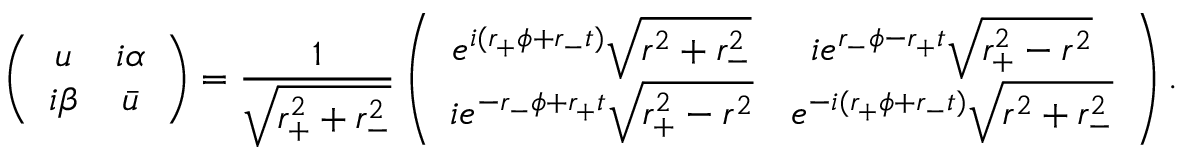
\left( \begin{array} { c c } { { u } } & { { i \alpha } } \\ { { i \beta } } & { { \bar { u } } } \end{array} \right) = \frac { 1 } { \sqrt { r _ { + } ^ { 2 } + r _ { - } ^ { 2 } } } \left( \begin{array} { c c } { { e ^ { i ( r _ { + } \phi + r _ { - } t ) } \sqrt { r ^ { 2 } + r _ { - } ^ { 2 } } } } & { { i e ^ { r _ { - } \phi - r _ { + } t } \sqrt { r _ { + } ^ { 2 } - r ^ { 2 } } } } \\ { { i e ^ { - r _ { - } \phi + r _ { + } t } \sqrt { r _ { + } ^ { 2 } - r ^ { 2 } } } } & { { e ^ { - i ( r _ { + } \phi + r _ { - } t ) } \sqrt { r ^ { 2 } + r _ { - } ^ { 2 } } } } \end{array} \right) .